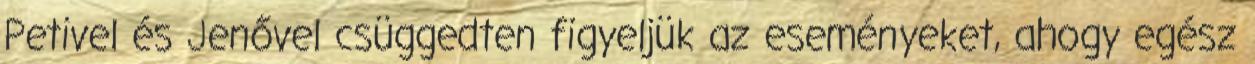
Petivel és Jenővel csüggedten figyeljük az eseményeket, ahogy egész